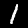
Digit: 1